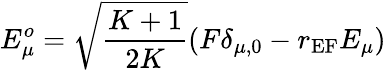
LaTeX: E_{\mu}^{o}=\sqrt{\frac{K+1}{2K}}(F\delta_{\mu,0}-r_{\textrm{EF}}E_{\mu})